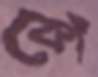
কোঁ